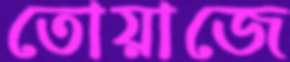
তোয়াজে